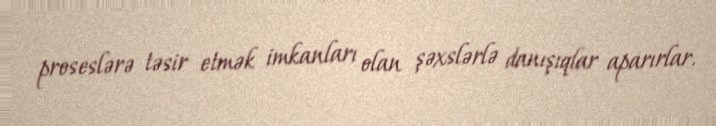
proseslərə təsir etmək imkanları olan şəxslərlə danışıqlar aparırlar.